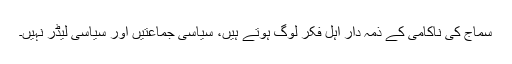
سماج کی ناکامی کے ذمہ دار اہل فکر لوگ ہوتے ہیں، سیاسی جماعتیں اور سیاسی لیڈر نہیں۔